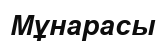
Мұнарасы